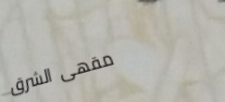
مقهى الشرق